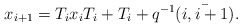
\begin{align*}x_{i+1}=T_ix_iT_i+ T_i +q^{-1}\bar {(i,i+1)}.\end{align*}